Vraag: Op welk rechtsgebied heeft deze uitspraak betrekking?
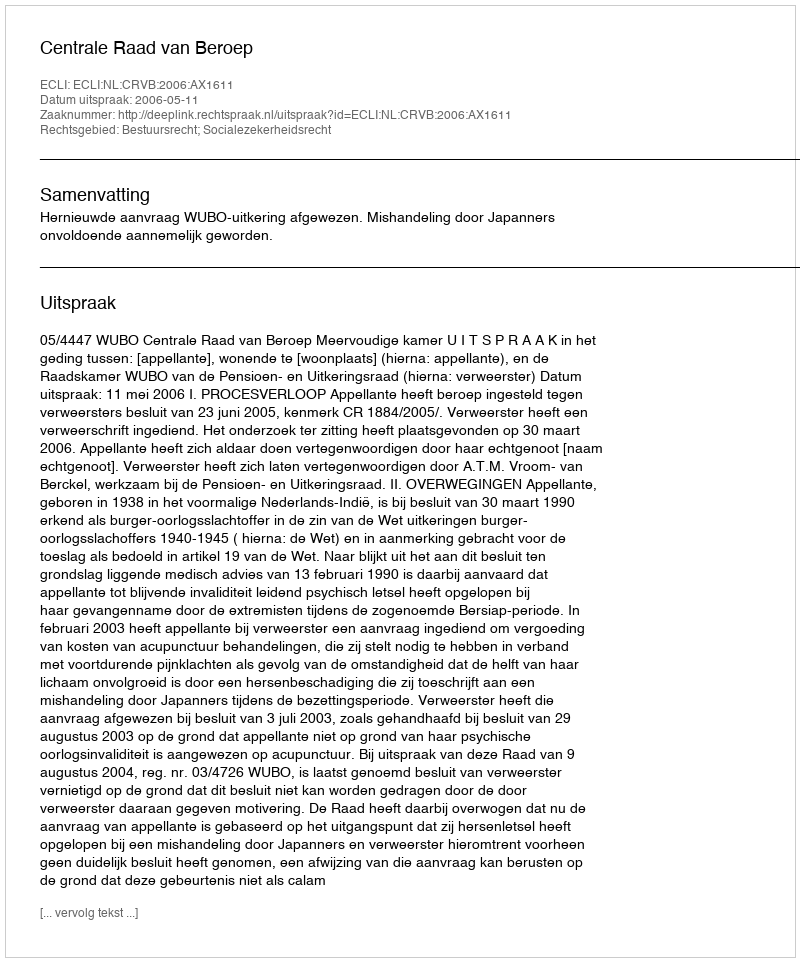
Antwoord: Bestuursrecht; Socialezekerheidsrecht